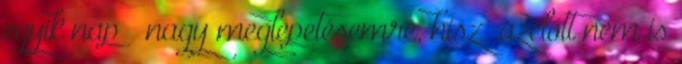
egyik nap – nagy meglepetésemre, hisz’ azelőtt nem is